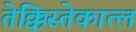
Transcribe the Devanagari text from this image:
तेक्किस्तेकात्ल